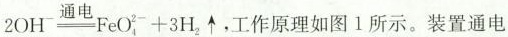
$$2OH^{-}\xlongequal[]{通电}FeO_{4}^{2-}+3H_{2}\uparrow $$，工作原理如图1所示。装置通电